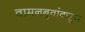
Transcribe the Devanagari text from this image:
वामनबुवांकडून